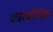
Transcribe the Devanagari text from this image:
कारबॉनिक